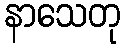
နာသေတု